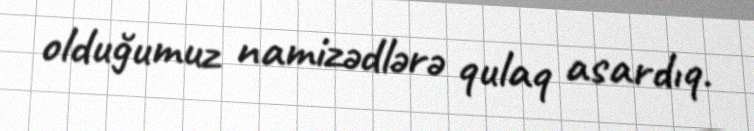
olduğumuz namizədlərə qulaq asardıq.